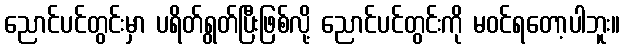
ညောင်ပင်တွင်းမှာ ပရိတ်ရွတ်ပြီးဖြစ်လို့ ညောင်ပင်တွင်းကို မဝင်ရတော့ပါဘူး။